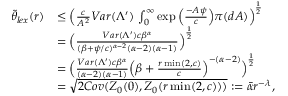
\begin{array} { r l } { \tilde { \theta } _ { l e x } ( r ) } & { \leq \Big ( \frac { c } { A ^ { 2 } } V a r ( \Lambda ^ { \prime } ) \, \int _ { 0 } ^ { \infty } \exp \Big ( \frac { - A \psi } { c } \Big ) \pi ( d A ) \Big ) ^ { \frac { 1 } { 2 } } } \\ & { = \Big ( \frac { V a r ( \Lambda ^ { \prime } ) c \beta ^ { \alpha } } { ( \beta + \psi / c ) ^ { \alpha - 2 } ( \alpha - 2 ) ( \alpha - 1 ) } \Big ) ^ { \frac { 1 } { 2 } } } \\ & { = \Big ( \frac { V a r ( \Lambda ^ { \prime } ) c \beta ^ { \alpha } } { ( \alpha - 2 ) ( \alpha - 1 ) } \Big ( \beta + \frac { r \operatorname* { m i n } ( 2 , c ) } { c } \Big ) ^ { - ( \alpha - 2 ) } \Big ) ^ { \frac { 1 } { 2 } } } \\ & { = \sqrt { 2 C o v ( \boldsymbol { Z } _ { 0 } ( 0 ) , \boldsymbol { Z } _ { 0 } ( r \operatorname* { m i n } ( 2 , c ) ) ) } : = \bar { \alpha } r ^ { - \lambda } , } \end{array}